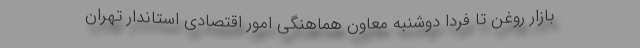
بازار روغن تا فردا دوشنبه معاون هماهنگی امور اقتصادی استاندار تهران